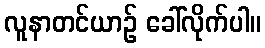
လူနာတင်ယာဉ် ခေါ်လိုက်ပါ။